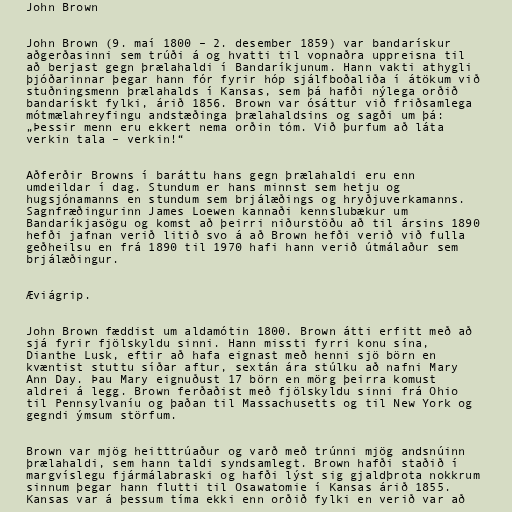
John Brown

John Brown (9. maí 1800 – 2. desember 1859) var bandarískur
aðgerðasinni sem trúði á og hvatti til vopnaðra uppreisna til
að berjast gegn þrælahaldi í Bandaríkjunum. Hann vakti athygli
þjóðarinnar þegar hann fór fyrir hóp sjálfboðaliða í átökum við
stuðningsmenn þrælahalds í Kansas, sem þá hafði nýlega orðið
bandarískt fylki, árið 1856. Brown var ósáttur við friðsamlega
mótmælahreyfingu andstæðinga þrælahaldsins og sagði um þá:
„Þessir menn eru ekkert nema orðin tóm. Við þurfum að láta
verkin tala – verkin!“

Aðferðir Browns í baráttu hans gegn þrælahaldi eru enn
umdeildar í dag. Stundum er hans minnst sem hetju og
hugsjónamanns en stundum sem brjálæðings og hryðjuverkamanns.
Sagnfræðingurinn James Loewen kannaði kennslubækur um
Bandaríkjasögu og komst að þeirri niðurstöðu að til ársins 1890
hefði jafnan verið litið svo á að Brown hefði verið við fulla
geðheilsu en frá 1890 til 1970 hafi hann verið útmálaður sem
brjálæðingur.

Æviágrip.

John Brown fæddist um aldamótin 1800. Brown átti erfitt með að
sjá fyrir fjölskyldu sinni. Hann missti fyrri konu sína,
Dianthe Lusk, eftir að hafa eignast með henni sjö börn en
kvæntist stuttu síðar aftur, sextán ára stúlku að nafni Mary
Ann Day. Þau Mary eignuðust 17 börn en mörg þeirra komust
aldrei á legg. Brown ferðaðist með fjölskyldu sinni frá Ohio
til Pennsylvaníu og þaðan til Massachusetts og til New York og
gegndi ýmsum störfum.

Brown var mjög heitttrúaður og varð með trúnni mjög andsnúinn
þrælahaldi, sem hann taldi syndsamlegt. Brown hafði staðið í
margvíslegu fjármálabraski og hafði lýst sig gjaldþrota nokkrum
sinnum þegar hann flutti til Osawatomie í Kansas árið 1855.
Kansas var á þessum tíma ekki enn orðið fylki en verið var að